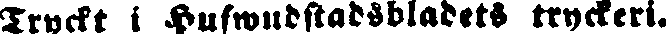
Tryckt i Hufwudstadsbladets tryckeri.